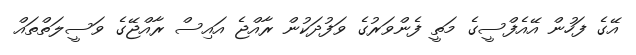
އޭގެ ފަހުން އޭއެފްސީގެ މަތީ ފެންވަރުގެ ވަފުދަކުން ރާއްޖެ އައިސް ރާއްޖޭގެ ވަސީލަތްތައް